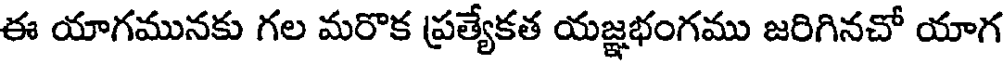
ఈ యాగమునకు గల మరొక ప్రత్యేకత యజ్ఞభంగము జరిగినచో యాగ